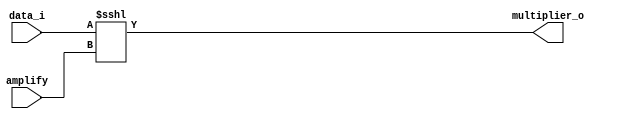
//////////////////////////////////////////////////////////////////////////////////
// Module Name:    MULTIPLICADOR POR CONSTANTE.
// Luis Osses Gutierrez
//////////////////////////////////////////////////////////////////////////////////
module multiplier   #(parameter n =16)  (data_i, amplify, multiplier_o);
  
  input   wire [n-1:0]   data_i;
  input   wire [7:0]     amplify; 
  output  wire [n-1:0]   multiplier_o;
    
  assign multiplier_o = data_i <<< amplify; 
  
endmodule